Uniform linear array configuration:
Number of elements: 16
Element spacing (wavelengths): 0.75
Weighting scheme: cosine
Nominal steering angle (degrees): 30
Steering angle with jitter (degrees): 30.207
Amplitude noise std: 0.05
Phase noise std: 0.05

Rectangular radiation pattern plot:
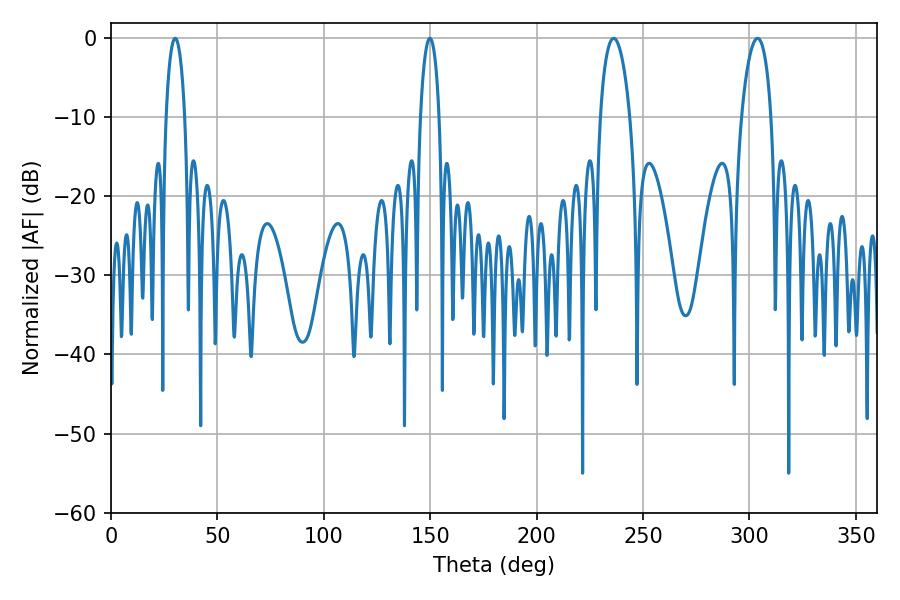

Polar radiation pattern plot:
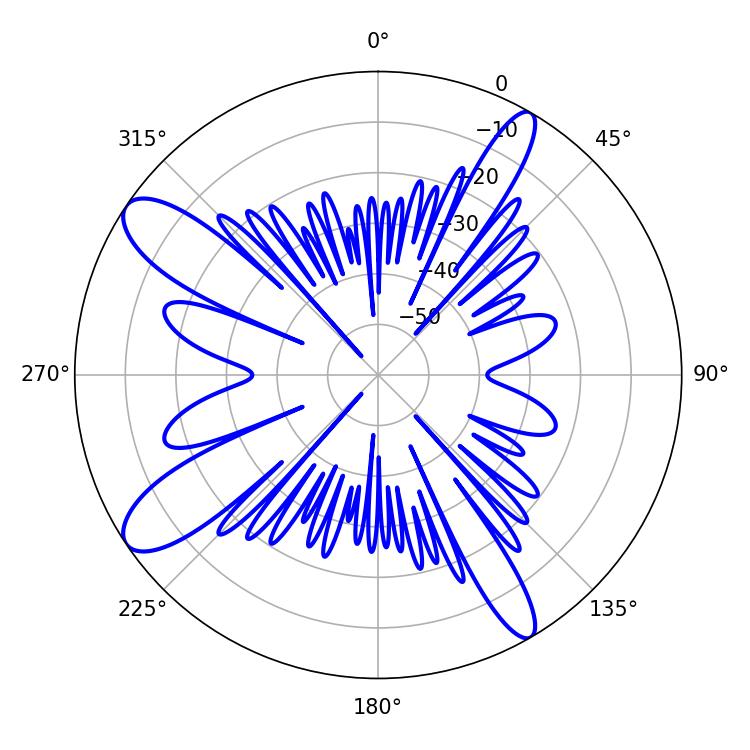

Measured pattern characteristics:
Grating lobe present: TRUE
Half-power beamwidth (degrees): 7.92
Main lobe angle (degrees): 236.16